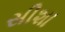
સીશા